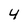
Character: 4